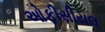
ઓફીસીયલ